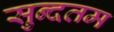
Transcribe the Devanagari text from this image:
सुन्दतम